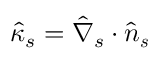
\hat { \kappa } _ { s } = \hat { \nabla } _ { s } \cdot \boldsymbol { \hat { n } _ { s } }